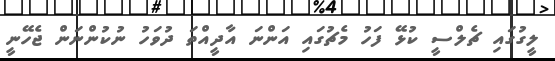
ލީގުގައި ޗެލްސީ ކުޅޭ ފަހު މެޗުގައި އަންނަ އާދީއްތަ ދުވަހު ނުކުންނަން ޖެހޭނީ